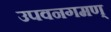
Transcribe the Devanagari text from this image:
उपवनगमण्